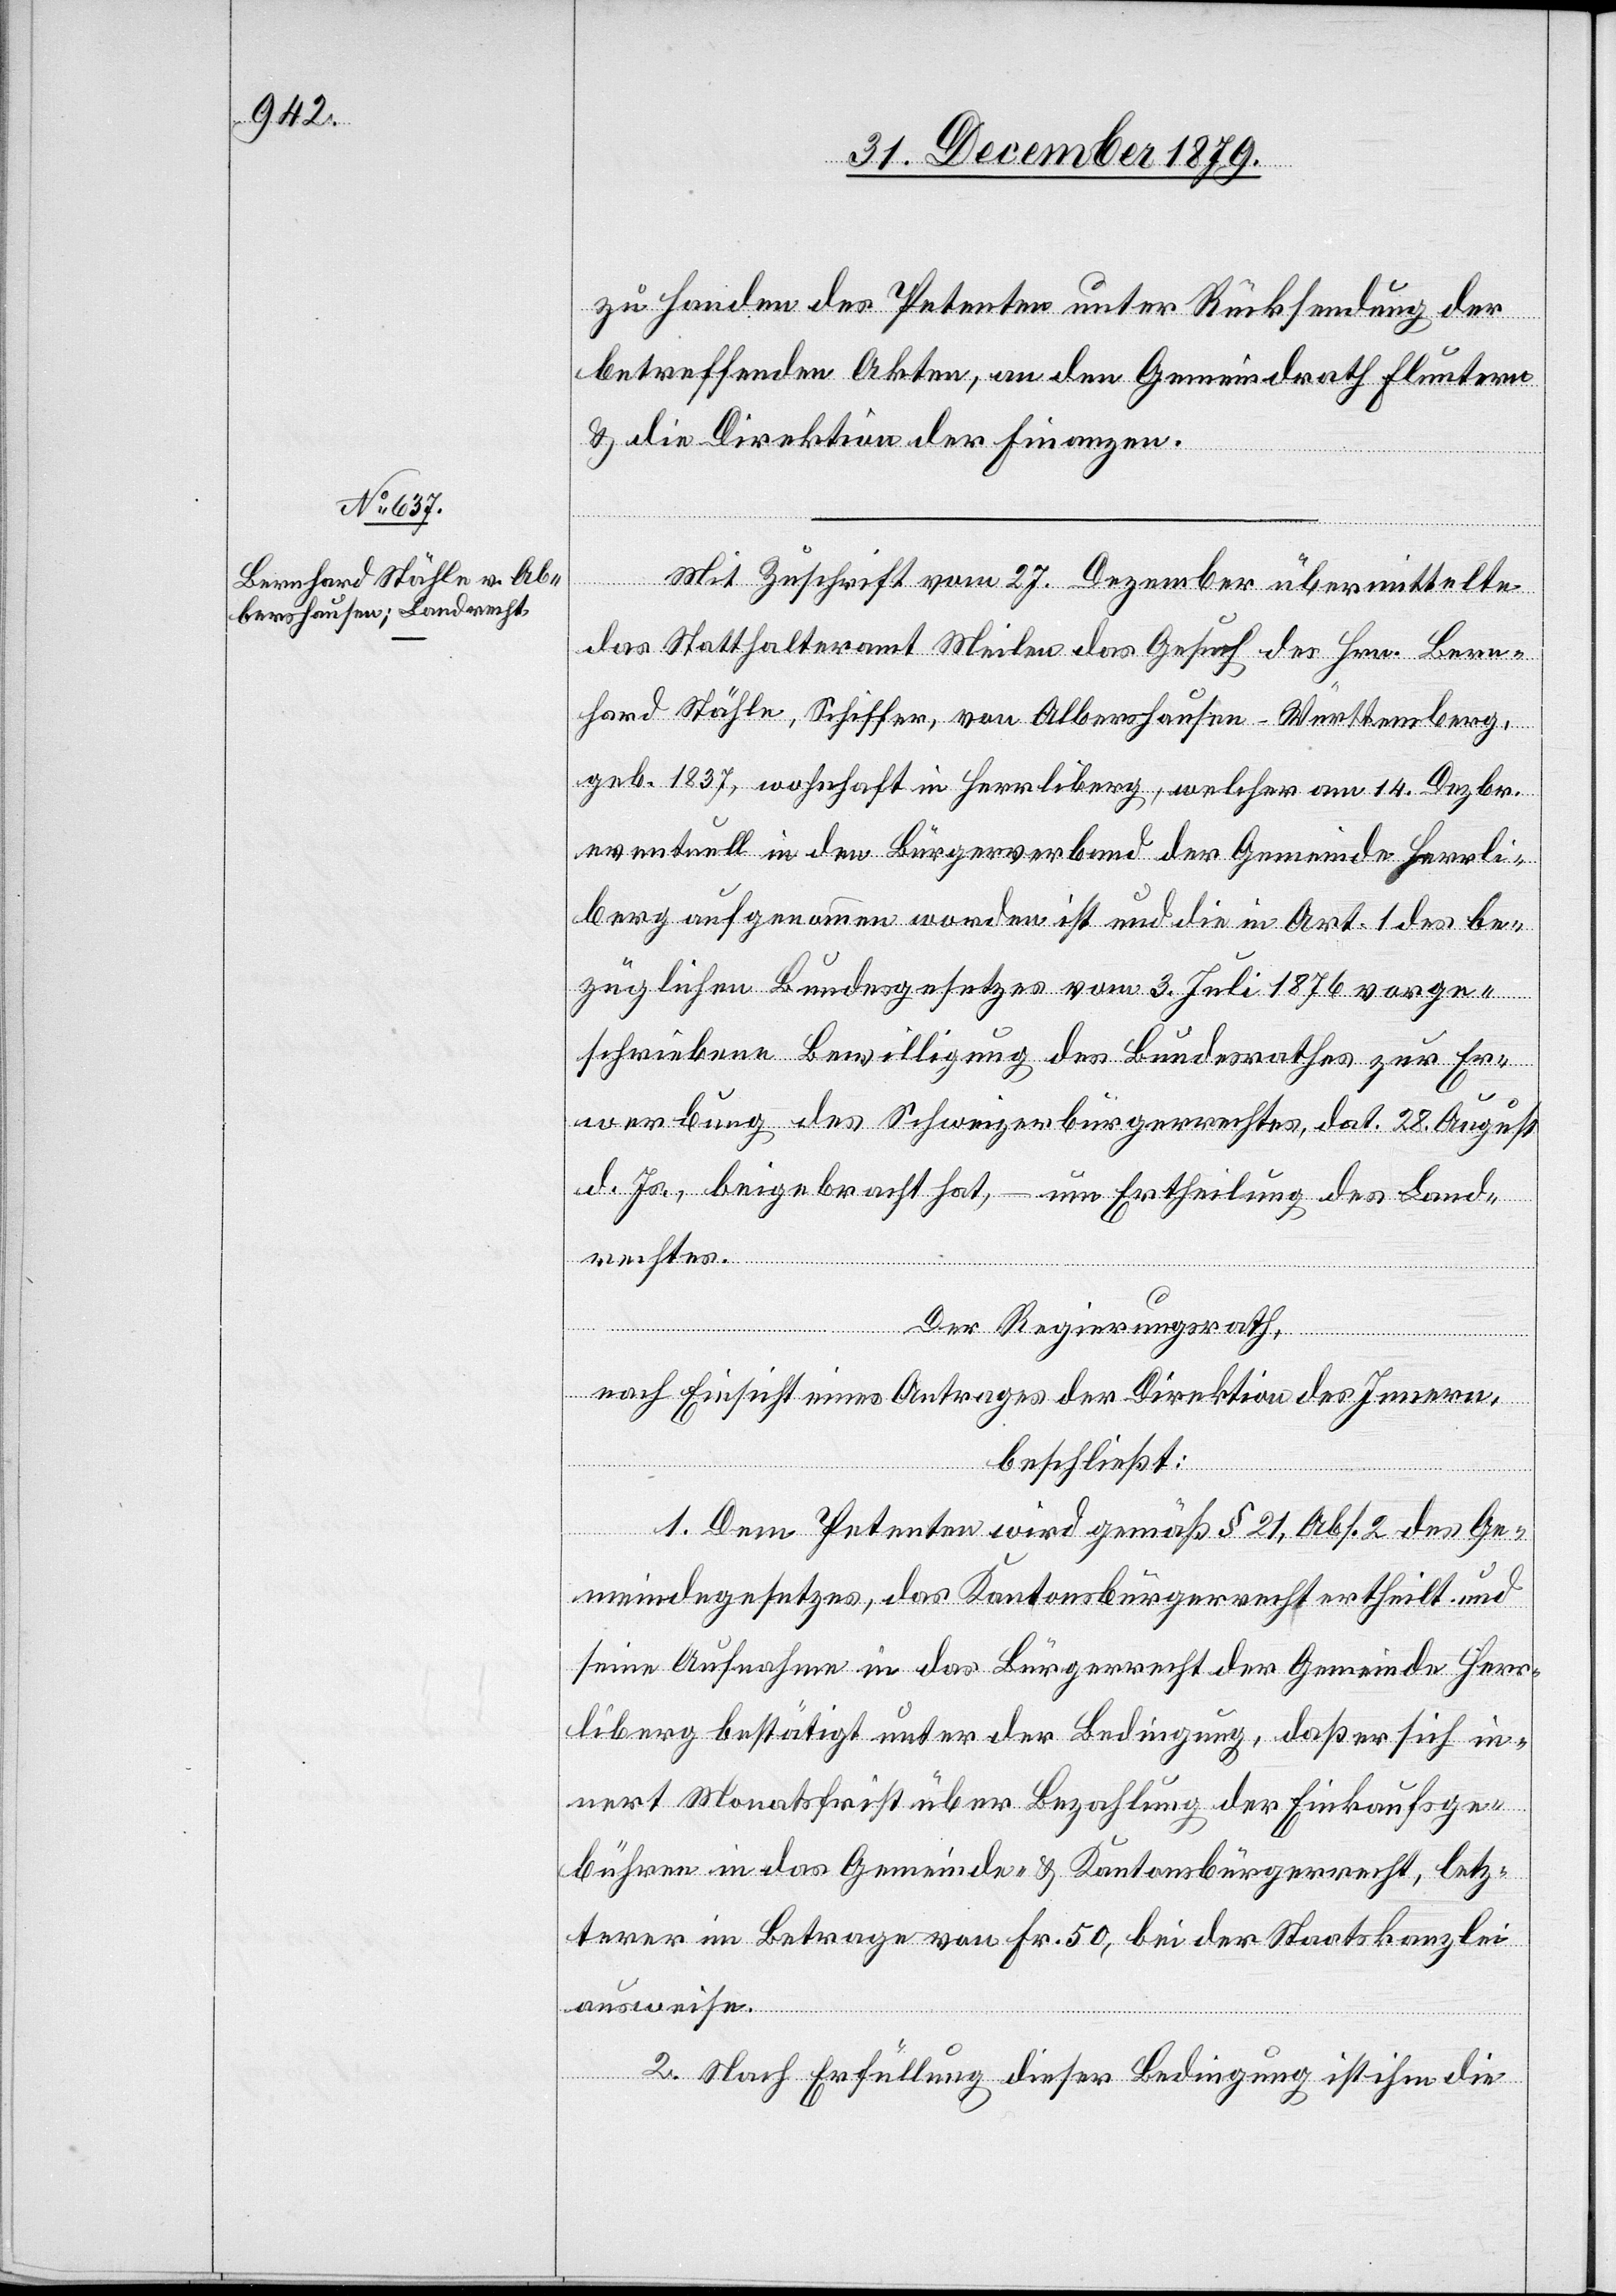
zu Handen des Petenten unter Rücksendung der
betreffenden Akten, an den Gemeindrath Fluntern
& die Direktion der Finanzen.
Mit Zuschrift vom 27. Dezember übermittelte
das Statthalteramt Meilen das Gesuch des Hrn. Bern¬
hard Stähle, Schiffer, von Albershausen - Württemberg,
geb. 1837, wohnhaft in Herrliberg, welcher am 14. Dezbr,
eventuell in den Bürgerverband der Gemeinde Herrli¬
berg aufgenommen worden ist und die in Art. 1 des be¬
züglichen Bundesgesetzes vom 3. Juli 1876 vorge¬
schriebene Bewilligung des Bundesrathes zur Er¬
werbung des Schweizerbürgerrechtes, dat. 28. August
d. Js., beigebracht hat, – um Ertheilung des Land¬
rechtes.
Der Regierungsrath,
nach Einsicht eines Antrages der Direktion des Innern,
beschließt:
1. Dem Petenten wird gemäß § 21, Abs. 2 des Ge¬
meindegesetzes, das Kantonsbürgerrecht ertheilt und
seine Aufnahme in das Bürgerrecht der Gemeinde Herr¬
liberg bestätigt unter der Bedingung, daß er sich in¬
nert Monatsfrist über Bezahlung der Einkaufsge¬
bühren in das Gemeinde- & Kantonsbürgerrecht, letz¬
terer im Betrage von Fr. 50, bei der Staatskanzlei
ausweise.
2. Nach Erfüllung dieser Bedingung ist ihm die